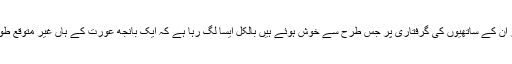
ڈاکٹر سلمان حیدر اور ان کے ساتھیوں کی گرفتاری پر جس طرح سے خوش ہوئے ہیں بالکل ایسا لگ رہا ہے کہ ایک بانجھ عورت کے ہاں غیر متوقع طور پرلڑکا پیدا ہوا ہے۔